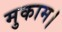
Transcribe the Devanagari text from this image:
मुकाम।